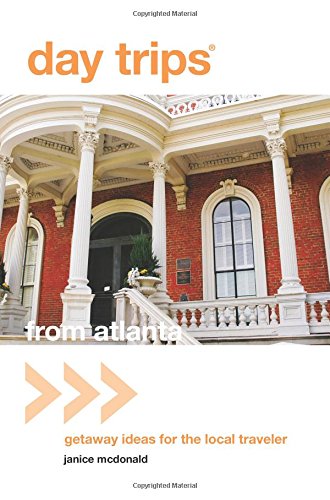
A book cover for Day TripsÂ® from Atlanta: Getaway Ideas For The Local Traveler (Day Trips Series); Janice Mcdonald; Travel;